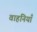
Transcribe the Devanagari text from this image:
वाहनियाँ